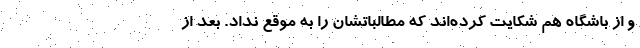
و از باشگاه هم شکایت کرده‌اند که مطالباتشان را به موقع نداد. بعد از